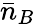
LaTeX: \bar{n}_{B}